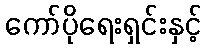
ကော်ပိုရေးရှင်းနှင့်